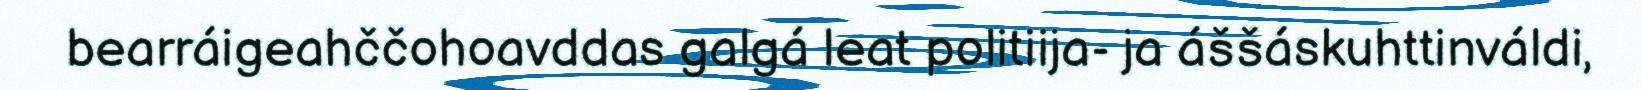
bearráigeahččohoavddas galgá leat politiija- ja áššáskuhttinváldi,